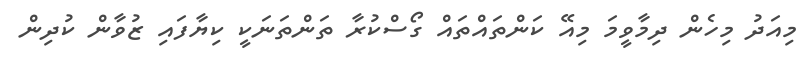
މިއަދު މިހެން ދިމާވީމަ މިއޭ ކަންތައްތައް ގޯސްކުރާ ތަންތަނަކީ ކިޔާފައި ޒުވާން ކުދިން